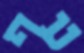
עף